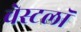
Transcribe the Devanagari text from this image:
वेस्टलॉ